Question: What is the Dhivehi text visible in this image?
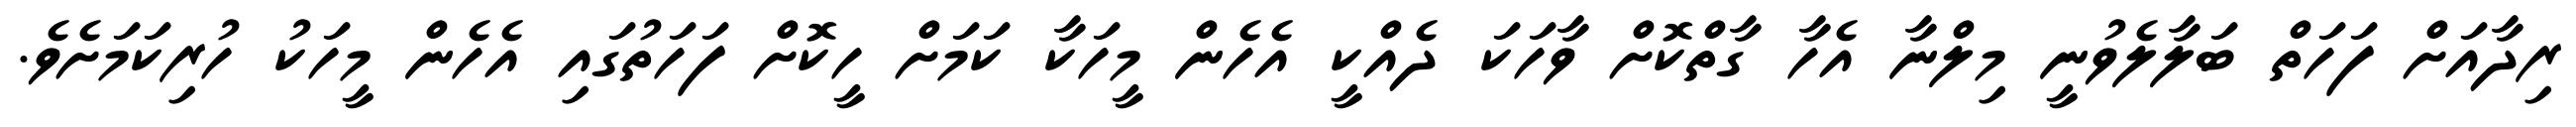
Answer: ރިދާއަށް ފަހަތް ބަލާލެވުނީ މިލްނާ އެހާ ގާތްކޮށް ވާހަކަ ދެއްކީ އެހެން މީހަކާ ކަމަށް ހީކޮށް ފަހަތުގައި އެހެން މީހަކު ހުރިކަމަށެވެ.